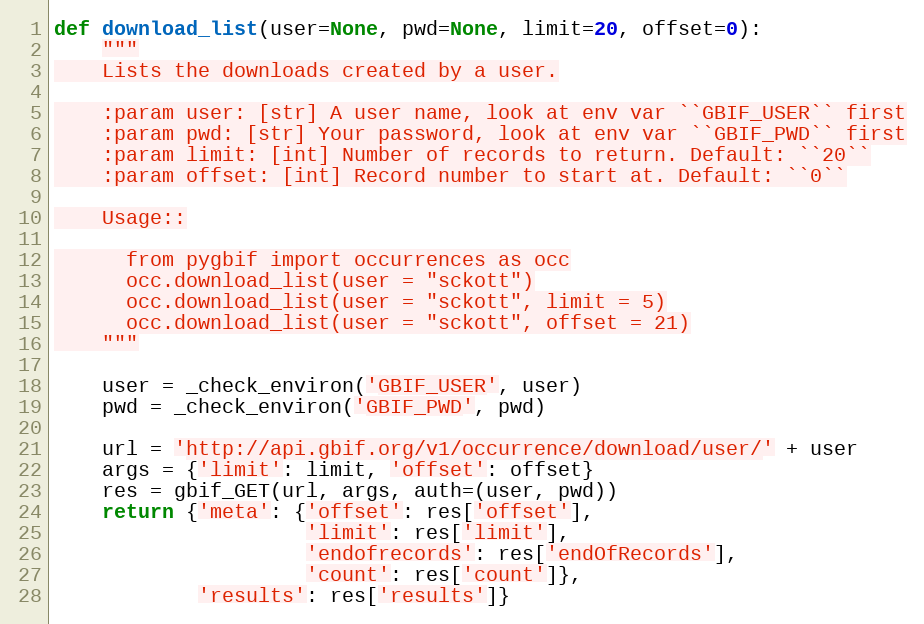
Language: Python
def download_list(user=None, pwd=None, limit=20, offset=0):
    """
    Lists the downloads created by a user.

    :param user: [str] A user name, look at env var ``GBIF_USER`` first
    :param pwd: [str] Your password, look at env var ``GBIF_PWD`` first
    :param limit: [int] Number of records to return. Default: ``20``
    :param offset: [int] Record number to start at. Default: ``0``

    Usage::

      from pygbif import occurrences as occ
      occ.download_list(user = "sckott")
      occ.download_list(user = "sckott", limit = 5)
      occ.download_list(user = "sckott", offset = 21)
    """

    user = _check_environ('GBIF_USER', user)
    pwd = _check_environ('GBIF_PWD', pwd)

    url = 'http://api.gbif.org/v1/occurrence/download/user/' + user
    args = {'limit': limit, 'offset': offset}
    res = gbif_GET(url, args, auth=(user, pwd))
    return {'meta': {'offset': res['offset'],
                     'limit': res['limit'],
                     'endofrecords': res['endOfRecords'],
                     'count': res['count']},
            'results': res['results']}